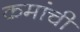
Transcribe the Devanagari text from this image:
कमांची